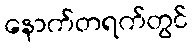
နောက်တရက်တွင်